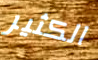
الكثير